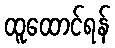
ထူထောင်ရန်